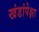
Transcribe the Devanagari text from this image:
खंडांपेक्षा